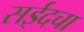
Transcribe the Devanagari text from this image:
सईदचा